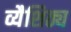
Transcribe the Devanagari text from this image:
व्यैशिठ्य